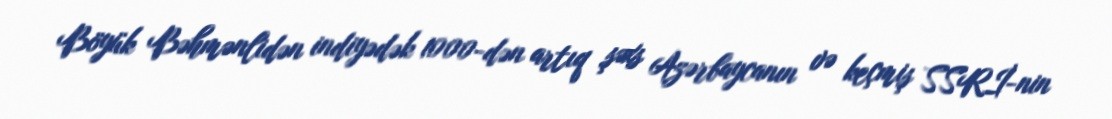
Böyük Bəhmənlidən indiyədək 1000-dən artıq şəxs Azərbaycanın və keçmiş SSRİ-nin